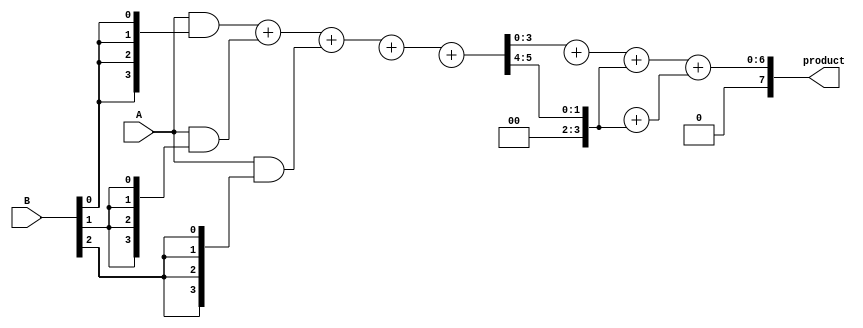
module wallace_tree_multiplier #(parameter N = 4) (
    input [N-1:0] A,
    input [N-1:0] B,
    output reg [2*N-1:0] product
);

    // Partial Products
    wire [N-1:0] pp [0:N-1]; // Partial products

    // Generate Partial Products
    genvar i, j;
    generate
        for (i = 0; i < N; i = i + 1) begin : pp_gen
            assign pp[i] = A & {N{B[i]}};
        end
    endgenerate

    // Wallace Tree Reduction
    wire [N-1:0] sum [0:N-1];
    wire [N-1:0] carry [0:N-1];

    // First stage of reduction
    generate
        for (i = 0; i < N; i = i + 1) begin : reduction_stage1
            if (i % 3 == 0) begin
                assign {carry[i], sum[i]} = pp[i] + pp[i+1] + pp[i+2];
            end
        end
    endgenerate

    // Second stage of reduction
    wire [N-1:0] sum2 [0:N/3];
    wire [N-1:0] carry2 [0:N/3];

    generate
        for (i = 0; i < N/3; i = i + 1) begin : reduction_stage2
            assign {carry2[i], sum2[i]} = sum[i*3] + sum[i*3+1] + sum[i*3+2];
        end
    endgenerate

    // Final addition of the last two rows
    wire [2*N-1:0] final_sum;
    wire [2*N-1:0] final_carry;

    assign final_sum = sum2[0] + sum2[1] + carry2[0];
    assign final_carry = carry2[1] + carry2[0];

    // Final product
    always @(*) begin
        product = final_sum + final_carry;
    end

endmodule